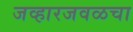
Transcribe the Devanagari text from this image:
जव्हारजवळचा